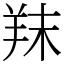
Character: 䍪